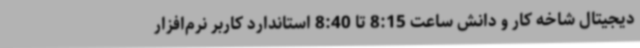
دیجیتال شاخه کار و دانش ساعت 8:15 تا 8:40 استاندارد کاربر نرم‌افزار